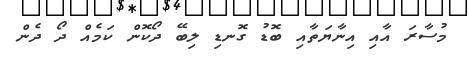
މުސާރަ އާއި އިނާޔަތާއި ބޮޑު ގޮނޑި ލިބޭ ދޯކޮން ކަމެއް ދޯ ދެން